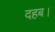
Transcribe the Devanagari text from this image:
दहब।